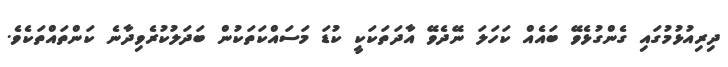
ދިރިއުޅުމުގައި ގެންގުޅެވޭ ބައެއް ކަހަލަ ނޭދެވޭ އާދަތަކަކީ ކުޑަ މަސައްކަތަކުން ބަދަލުކުރެވިދާނެ ކަންތައްތަކެވެ.